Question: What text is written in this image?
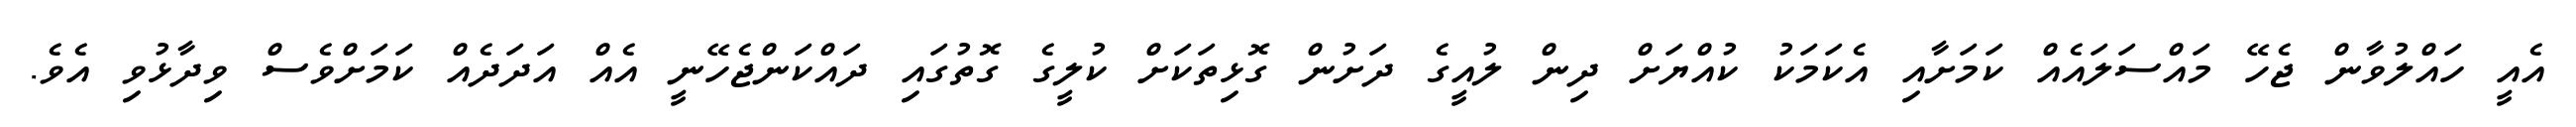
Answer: އެއީ ހައްލުވާން ޖެހޭ މައްސަލައެއް ކަމަށާއި އެކަމަކު ކުއްޔަށް ދިން ލުއީގެ ދަށުން ގޮޅިތަކަށް ކުލީގެ ގޮތުގައި ދައްކަންޖެހޭނީ އެއް އަދަދެއް ކަމަށްވެސް ވިދާޅުވި އެވެ.